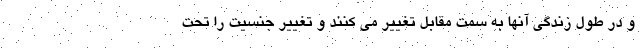
و در طول زندگی آنها به سمت مقابل تغییر می کنند و تغییر جنسیت را تحت